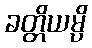
ခတ္တိယမ္ပိ